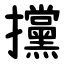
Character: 攩